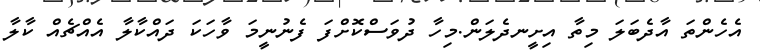
އެހެންތަ އާދެބަލަ މިތާ އިށީނދެލަން.މިހާ ދުވަސްކޮށްފަ ފެނުނީމަ ވާހަކަ ދައްކާލާ އެއްޗެއް ކާާލާ